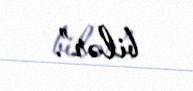
bilər”.